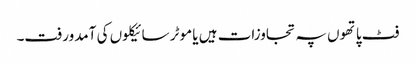
فٹ پاتھوں پہ تجاوزات ہیں یا موٹر سائیکلوں کی آمدورفت۔